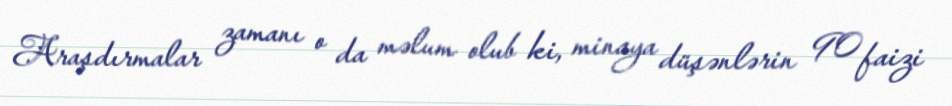
Araşdırmalar zamanı o da məlum olub ki, minaya düşənlərin 90 faizi